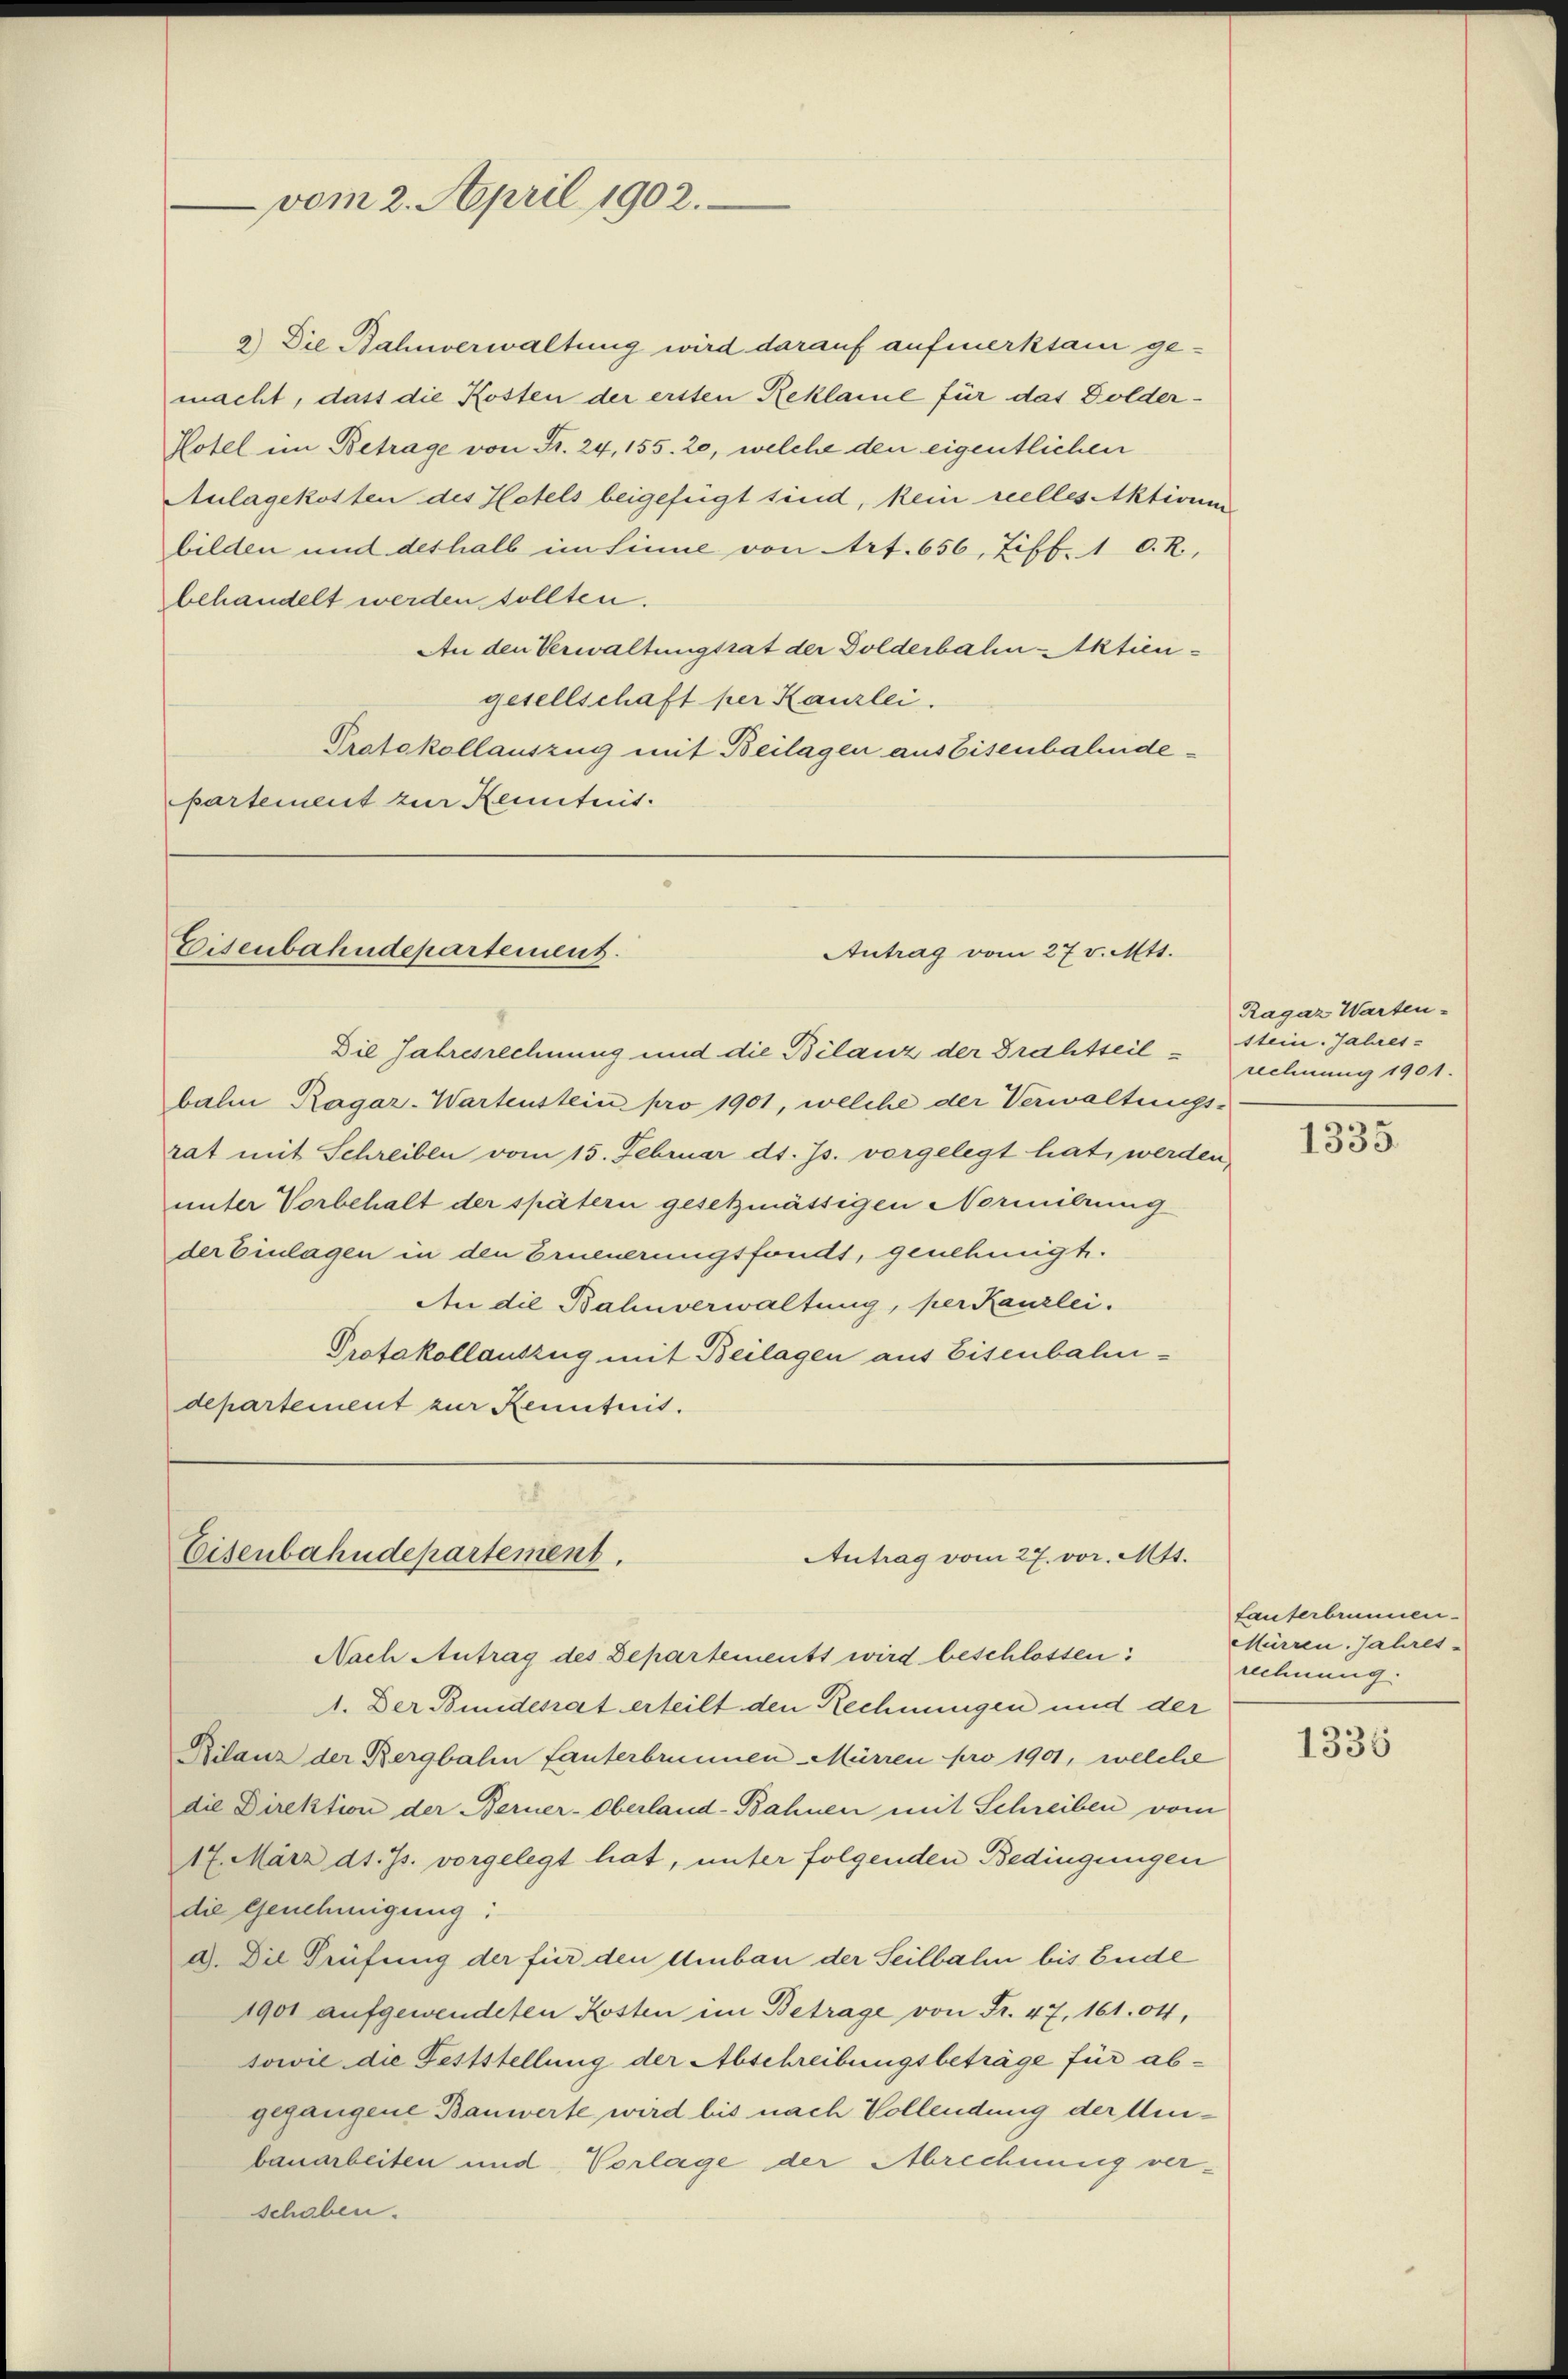
vom 2. April 1902.

macht, dass die Kosten der ersten Reklame für das Dolder¬
Hotel im Betrage von Fr. 24, 155. 20, welche den eigentlichen
Aulagekosten des Hotels beigefügt sind, kein reelles Aktionen
bilden und deshalb im Sinne von Art. 656, Ziff. 1 0. R.,
behandelt werden sollten.
An den Verwaltungsrat der Dolderbalen Aktiengesellschaft per Kanzlei.
Protokollauszug mit Beilagen aus Eisenbahndepartement zur Kenntnis.

Eisenbahndepartement.

Eisenbahndepartement.

9) Die Bahnverwaltung wird darauf aufmerksam ge-

Antrag vom 27. v. Mts.

Antrag vom 27. vor. Mtt.
Nach Antrag des Departements wird beschlossen: Mürren. Jahres¬

Die Jahresrechnung und die Bilanz der Drahtseilbalm Ragar-Wartenstein pro 1901, welche der Verwaltungsrat mit Schreiben vom 15. Februar d. Js. vorgelegt hat, werden,
unter Vorbehalt der spätern gesetzmässigen Normirung
der Einlagen in den Erneuerungsfonds, genehmigt.
An die Bahnverwaltung, per Kanzlei.
Protokollauszug mit Beilagen aus Eisenbahndepartement zur Kenntnis.

1. Der Bunderat erteilt den Rechnungen und der
Rilanz der Bergbahn fanterbrunnen Mürren pro 1901, welche
die Direktion der Berner-Oberland-Bahnen mit Schreiben vom
17. März d. Js. vorgelegt hat, unter folgenden Bedingungen
die Genehmigung:
a. Die Prüfung der für den Umbau der Seilbahn bis Ende
1901 aufgewendeten Kosten im Betrage von Fr. 47. 161. 04,
sowie die Feststellung der Abschreibungsbeträge für abgegangene Bauwerte wird bis nach Vollendung der Umbauarbeiten und Vorlage der Abrechnung verschaben.

Ragaz Warten-
stein. Jahres-
rechnung 1901.

1335.

Lauterbrunnen.
rechnung.

1336